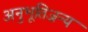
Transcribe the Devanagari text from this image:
अनुभूतिजन्य